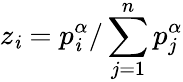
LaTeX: z_{\mathit{i}}=p_{\mathit{i}}^{\alpha}/\sum_{j=1}^{n}p_{j}^{\alpha}